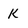
Character: k